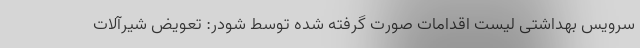
سرویس بهداشتی لیست اقدامات صورت گرفته شده توسط شودر: تعویض شیرآلات